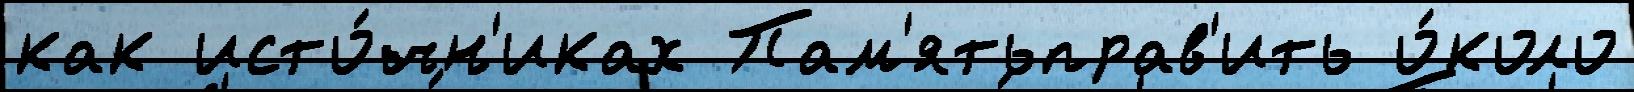
как исто́чн'иках Пам'ятьправ'ить о́коло